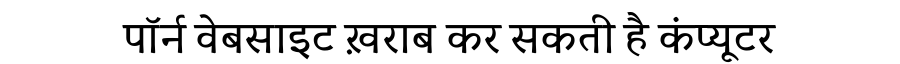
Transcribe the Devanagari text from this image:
पॉर्न वेबसाइट ख़राब कर सकती है कंप्यूटर